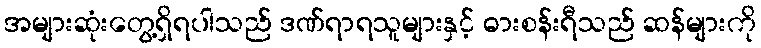
အများဆုံးတွေ့ရှိရပါသည် ဒဏ်ရာရသူများနှင့် ဓားစန်းရီသည် ဆန်များကို